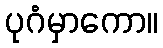
ပုဂံမှာကော။